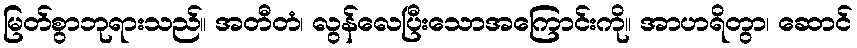
မြတ်စွာဘုရားသည်။ အတီတံ၊ လွန်လေပြီးသောအကြောင်းကို။ အာဟရိတွာ၊ ဆောင်